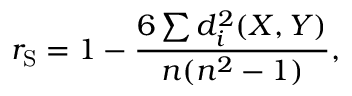
r _ { \mathrm { S } } = 1 - { \frac { 6 \sum d _ { i } ^ { 2 } ( X , Y ) } { n ( n ^ { 2 } - 1 ) } } ,